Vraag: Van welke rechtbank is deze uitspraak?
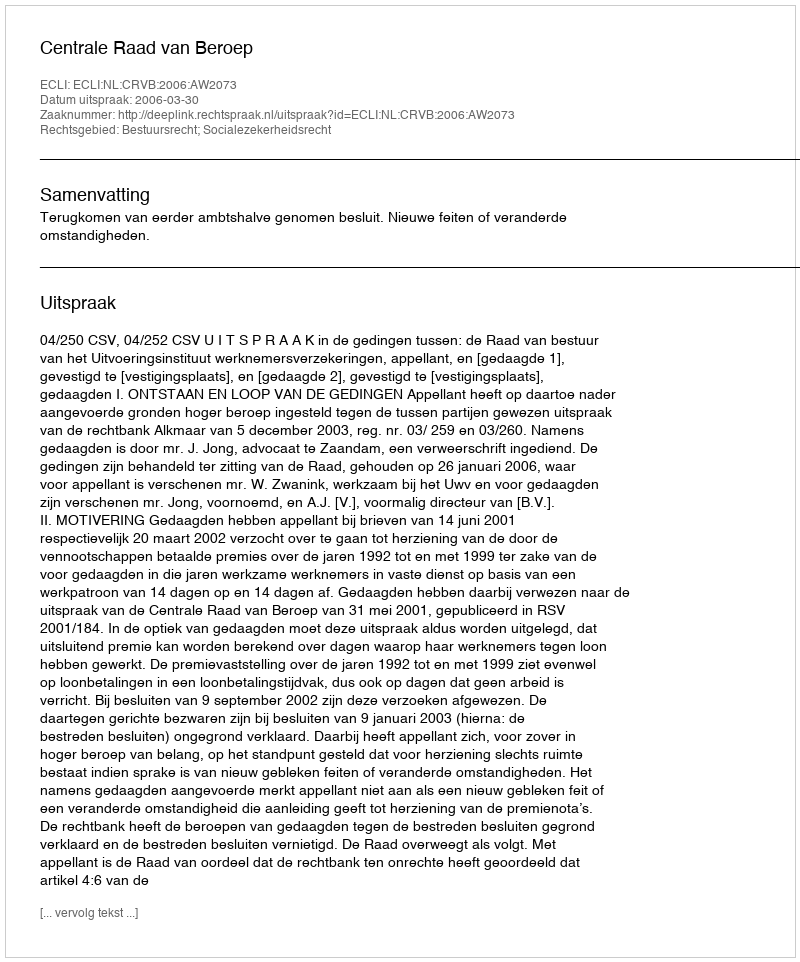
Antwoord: Centrale Raad van Beroep